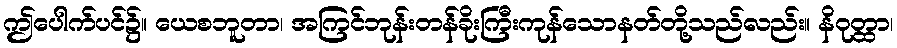
ဤပေါက်ပင်၌။ ယေစဘူတာ၊ အကြင်ဘုန်းတန်ခိုးကြီးကုန်သောနတ်တို့သည်လည်း။ နိဝုတ္ထာ၊